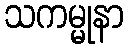
သကမ္မုနာ